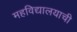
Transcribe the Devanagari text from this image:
महविद्यालयाची